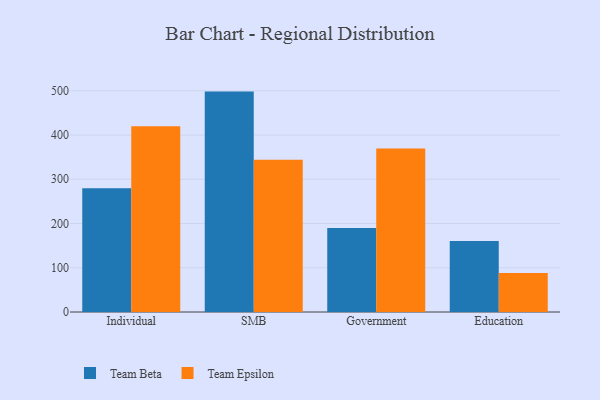
{"axis": {"x": "Segment", "y": "Waste Production (Tons)"}, "legend": ["Team Beta", "Team Epsilon"], "data": [{"x": "Individual", "y": 279.9, "type": "Team Beta"}, {"x": "Individual", "y": 420.1, "type": "Team Epsilon"}, {"x": "SMB", "y": 498.2, "type": "Team Beta"}, {"x": "SMB", "y": 344.4, "type": "Team Epsilon"}, {"x": "Government", "y": 189.9, "type": "Team Beta"}, {"x": "Government", "y": 369.8, "type": "Team Epsilon"}, {"x": "Education", "y": 160.4, "type": "Team Beta"}, {"x": "Education", "y": 88.1, "type": "Team Epsilon"}]}